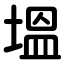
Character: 塭